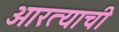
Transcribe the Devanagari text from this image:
आरत्याची